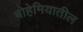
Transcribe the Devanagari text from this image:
बोहेमियातील